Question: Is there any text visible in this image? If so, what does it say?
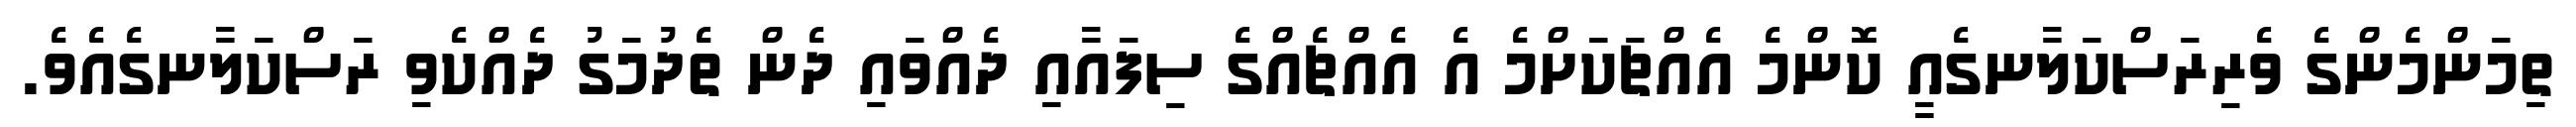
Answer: ތިމަންމެންގެ ވެރިރަސްކަލާނގެއީ ކޮންމެ އެއްޗަކަށްމެ އެ އެއްޗެއްގެ ސިފައާއި ދެއްވައި ދެން ތެދުމަގު ދެއްކެވި ރަސްކަލާނގެއެވެ.